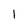
Character: 1